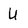
Character: U